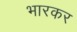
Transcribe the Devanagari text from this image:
भारकर